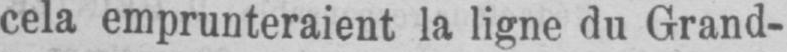
cela emprunteraient la ligne du Grand-